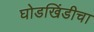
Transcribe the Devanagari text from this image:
घोडखिंडीचा